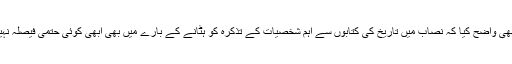
انہوں نے یہ بھی واضح کیا کہ نصاب میں تاریخ کی کتابوں سے اہم شخصیات کے تذکرہ کو ہٹانے کے بارے میں بھی ابھی کوئی حتمی فیصلہ نہیں کیا گیا ہے۔